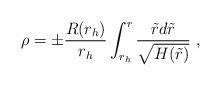
LaTeX: \begin{align*}\rho = \pm\frac{R(r_h)}{r_h}\int_{r_h}^{r}\frac{\tilde{r}d\tilde{r}}{\sqrt{H(\tilde{r})}} \ ,\end{align*}